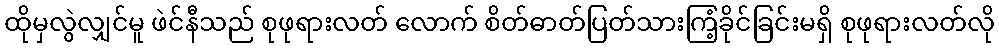
ထိုမှလွဲလျှင်မူ ဖဲင်နီသည် စုဖုရားလတ် လောက် စိတ်ဓာတ်ပြတ်သားကြံ့ခိုင်ခြင်းမရှိ စုဖုရားလတ်လို